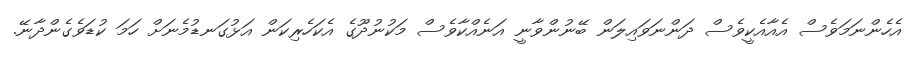
އެހެންނަމަވެސް އެއާއެކީވެސް ދަންނަވައިލަން ބޭނުންވާނީ އަނެއްކާވެސް މަކުނުދޫގެ އެކަހެރިކަން އަޅުގަނޑުމެނަށް ހަމަ ކުޑަވެގެންދާނޭ.